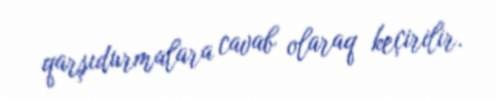
qarşıdurmalara cavab olaraq keçirilir.